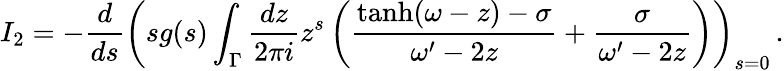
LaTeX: I_{2}=-\frac{d}{ds}\left(sg(s)\int_{\Gamma}\frac{dz}{2\pi i}z^{s}\left(\frac{\operatorname{tanh}(\omega-z)-\sigma}{\omega^{\prime}-2z}+\frac{\sigma}{\omega^{\prime}-2z}\right)\right)_{s=0}\, .